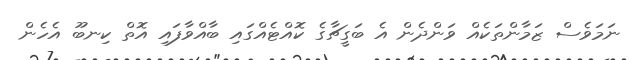
ނަމަވެސް ޒަމާންތަކެއް ވަންދެން އެ ބަގީޗާގެ ކޮއްޓެއްގައި ބާއްވާފައި އޮތް ކިނބޫ އެހެން